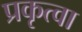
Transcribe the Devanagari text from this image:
प्रकृत्वा